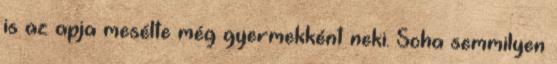
is az apja mesélte még gyermekként neki. Soha semmilyen